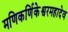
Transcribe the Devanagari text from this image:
मणिकर्णिकेश्वरमहादेव